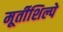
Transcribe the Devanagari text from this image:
मूर्तीशिल्पे